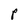
Character: P